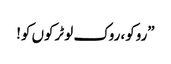
”روکو، روک لو ٹرکوں کو!